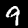
Digit: 9